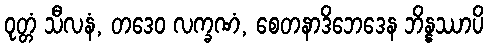
ဝုတ္တံ သီလနံ, တဒေဝ လက္ခဏံ, စေတနာဒိဘေဒေန ဘိန္နဿာပိ